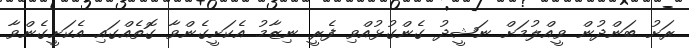
ރަށު ބަންދުން ވީއްލުމަށް ނަޝީދު ގެންގުޅުއްވި ފެރީ ނިޒާމު އެކަށީގެންވާ ގޮތެއްގައި އެކަށީގެންވާ